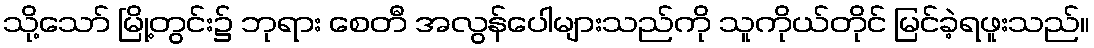
သို့သော် မြို့တွင်း၌ ဘုရား စေတီ အလွန်ပေါများသည်ကို သူကိုယ်တိုင် မြင်ခဲ့ရဖူးသည်။